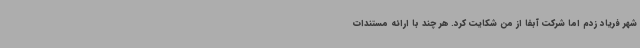
شهر فریاد زدم اما شرکت آبفا از من شکایت کرد. هر چند با ارائه مستندات